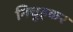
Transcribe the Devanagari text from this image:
निचुड़कर